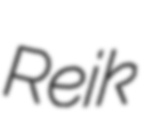
Reik